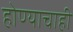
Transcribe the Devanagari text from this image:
होण्याचाही